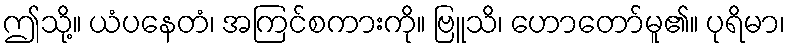
ဤသို့။ ယံပနေတံ၊ အကြင်စကားကို။ ဗြူသိ၊ ဟောတော်မူ၏။ ပုရိမာ၊